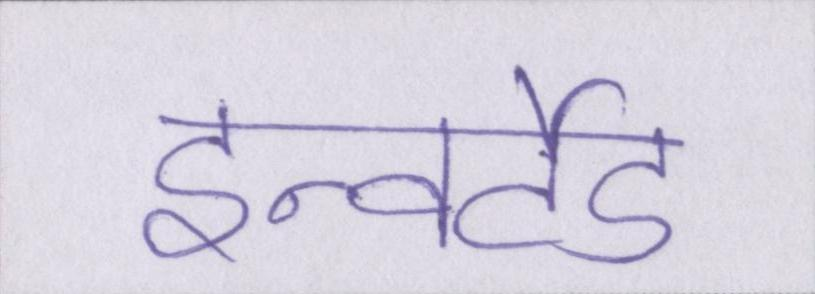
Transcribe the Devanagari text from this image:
इन्वर्टेड